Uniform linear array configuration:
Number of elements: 32
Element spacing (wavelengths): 0.5
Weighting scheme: cosine
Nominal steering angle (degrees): -45
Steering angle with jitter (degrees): -44.268
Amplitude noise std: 0.05
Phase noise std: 0.05

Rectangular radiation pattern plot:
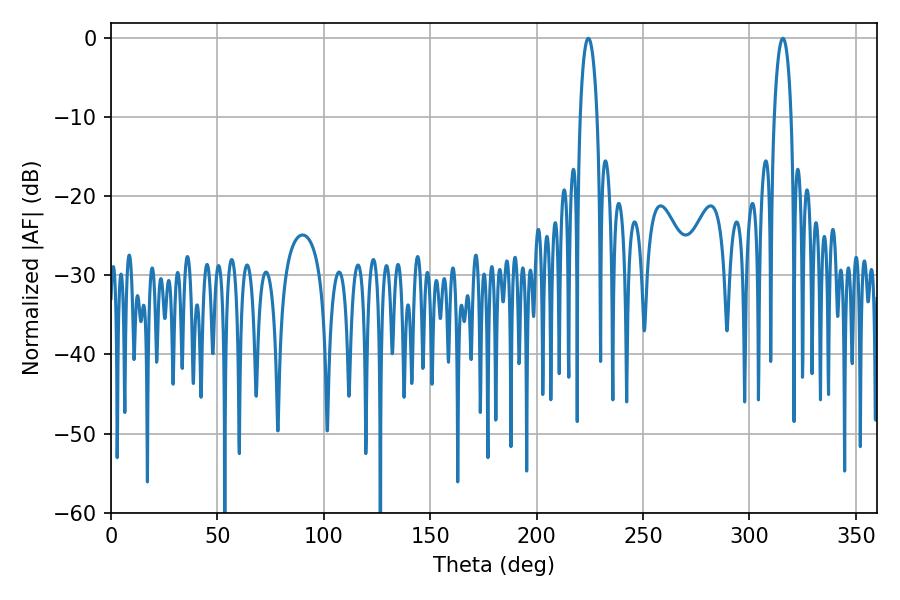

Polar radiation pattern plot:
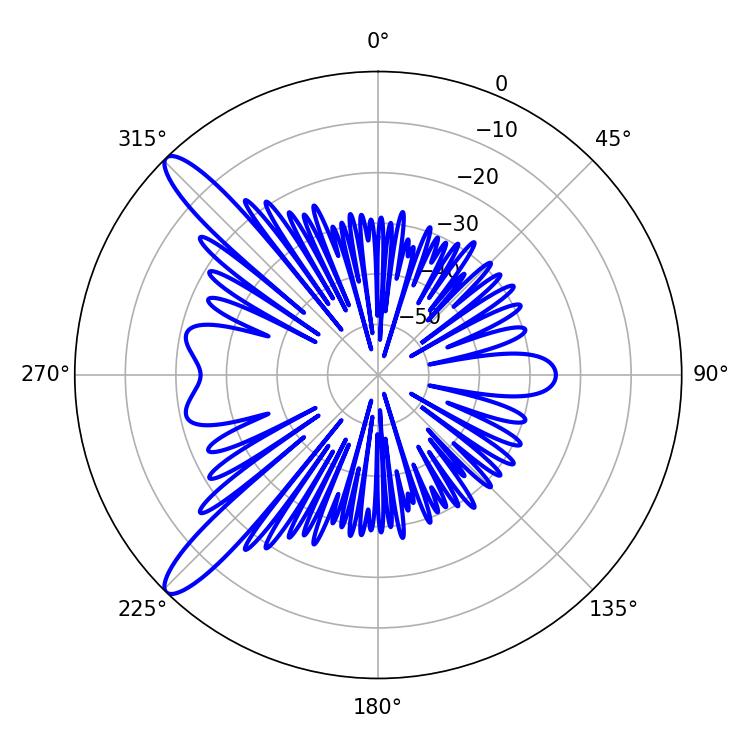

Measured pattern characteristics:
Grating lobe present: FALSE
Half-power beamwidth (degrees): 4.5
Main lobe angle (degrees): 224.28